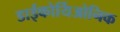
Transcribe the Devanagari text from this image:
डाईकोर्यिओनिक